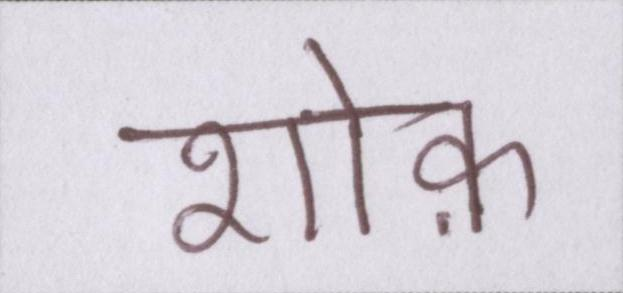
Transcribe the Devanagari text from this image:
शौक़